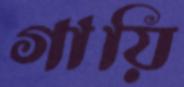
গায়ি